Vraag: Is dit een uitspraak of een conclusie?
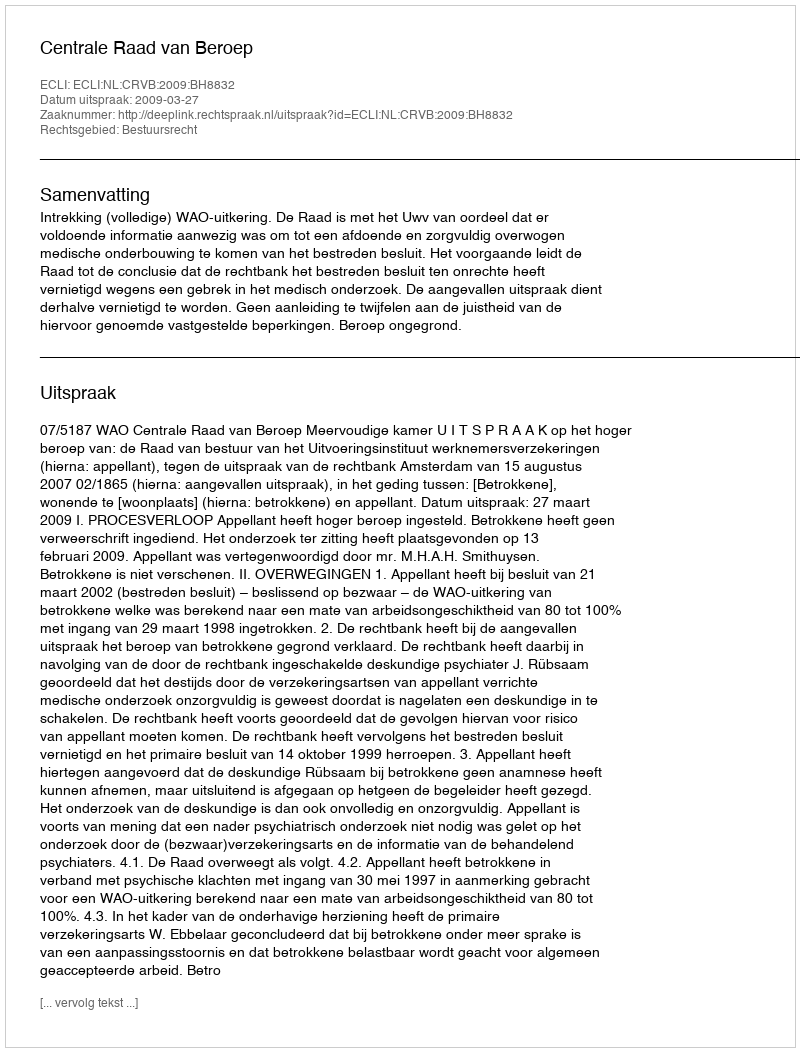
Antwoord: Uitspraak